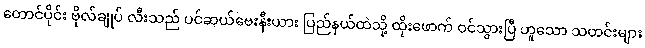
တောင်ပိုင်း ဗိုလ်ချုပ် လီးသည် ပင်ဆယ်ဗေးနီးယား ပြည်နယ်ထဲသို့ ထိုးဖောက် ဝင်သွားပြီ ဟူသော သတင်းများ